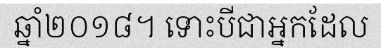
ឆ្នាំ២០១៨។ ទោះបីជាអ្នកដែល